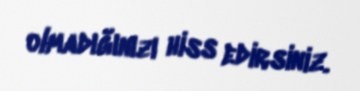
olmadığınızı hiss edirsiniz.